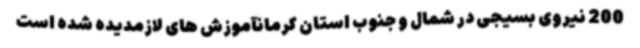
200 نیروی بسیجی در شمال و جنوب استان کرمانآموزش های لازمدیده شده است